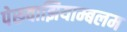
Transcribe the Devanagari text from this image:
पेरूवाझियाम्बलम